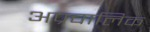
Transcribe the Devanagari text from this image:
अप्रचालिक